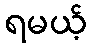
ရမယ့်